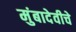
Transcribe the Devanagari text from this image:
मुंबादेवीचे